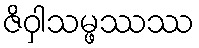
ဇိဝှါသမ္ဖဿဿ